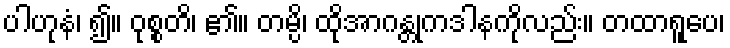
ပါဟုနံ၊ ၍။ ဝုစ္စတိ၊ ၏။ တမ္ပိ၊ ထိုအာဂန္တုကဒါနကိုလည်း။ တထာရူပေ၊